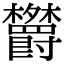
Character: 𬅕